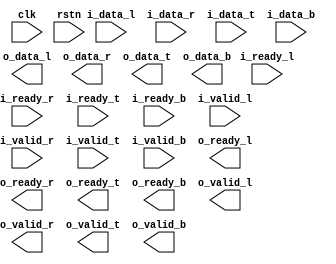
module node (
    input wire clk,
    input wire rstn,
    input wire i_ready_l,
    input wire i_ready_r,
    input wire i_ready_t,
    input wire i_ready_b,
    input wire i_valid_l,
    input wire i_valid_r,
    input wire i_valid_t,
    input wire i_valid_b,
    output reg o_ready_l,
    output reg o_ready_r,
    output reg o_ready_t,
    output reg o_ready_b,
    output reg o_valid_l,
    output reg o_valid_r,
    output reg o_valid_t,
    output reg o_valid_b,
    input wire [7:0] i_data_l,
    input wire [7:0] i_data_r,
    input wire [7:0] i_data_t,
    input wire [7:0] i_data_b,
    output reg [7:0] o_data_l,
    output reg [7:0] o_data_r,
    output reg [7:0] o_data_t,
    output reg [7:0] o_data_b
);
    
endmodule